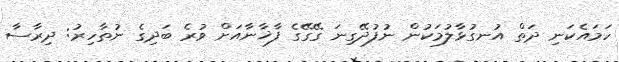
ހަމައެކަނި ދަތް އުނގުޅާލުމަކުން ނުފުދޭގިނަ ގޭގޭގެ ފާޚާނާއަށް ވުރެ ބަދިގެ ނުތާހިރު: ދިރާސާ